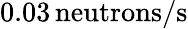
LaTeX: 0.03\, \mathrm{neutrons/s}